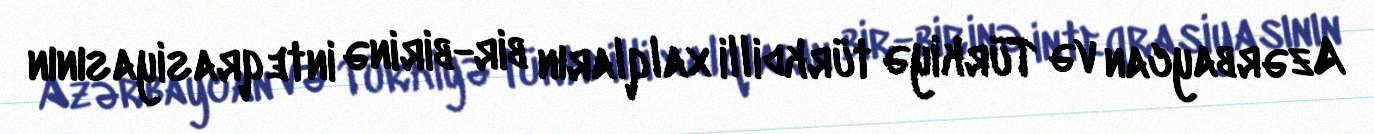
Azərbaycan və Türkiyə türkdilli xalqların bir-birinə inteqrasiyasının